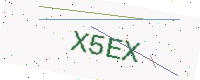
Text: X5EX